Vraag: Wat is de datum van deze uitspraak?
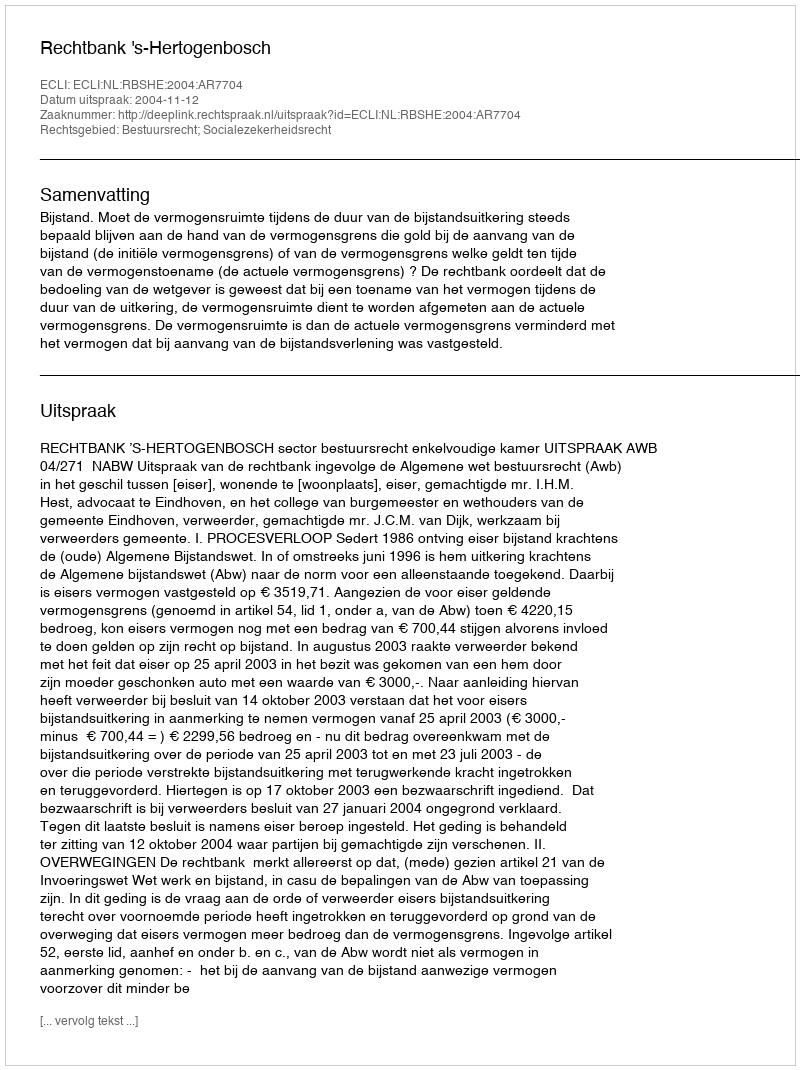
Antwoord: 2004-11-12